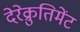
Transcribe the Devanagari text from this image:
देरेक्रुतिमेंट